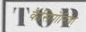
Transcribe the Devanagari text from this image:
कैसिपोरिया